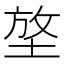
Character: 𡌼